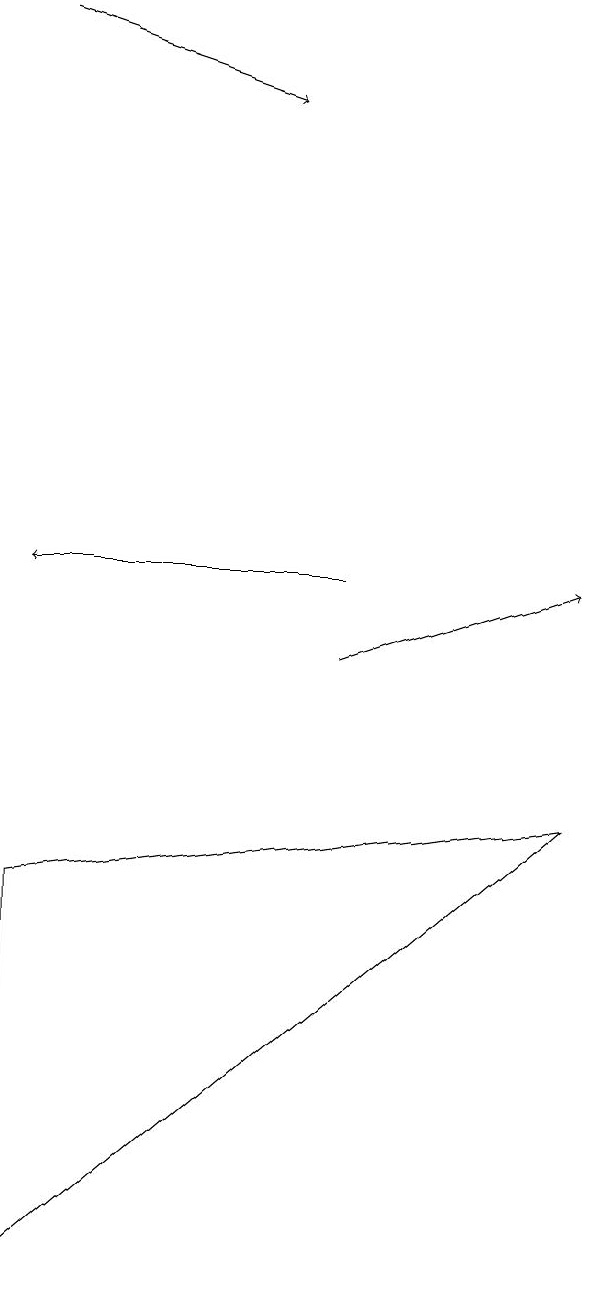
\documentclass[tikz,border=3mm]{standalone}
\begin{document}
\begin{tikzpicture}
\draw (0,2) -- (0,7) -- (7,8) -- cycle;
\draw[->] (4,10) -- (7,11);
\draw[->] (0,18) -- (3,17);
\draw[->] (4,11) -- (0,11);
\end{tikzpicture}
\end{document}